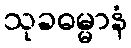
သုခဓမ္မာနံ